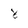
Character: 8